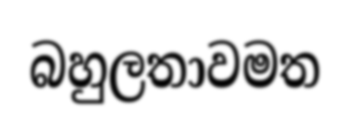
බහුලතාවමත